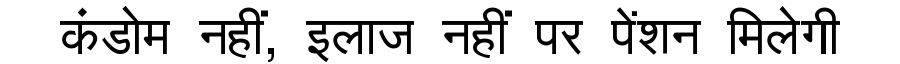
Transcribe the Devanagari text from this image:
कंडोम नहीं, इलाज नहीं पर पेंशन मिलेगी